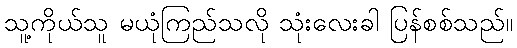
သူ့ကိုယ်သူ မယုံကြည်သလို သုံးလေးခါ ပြန်စစ်သည်။